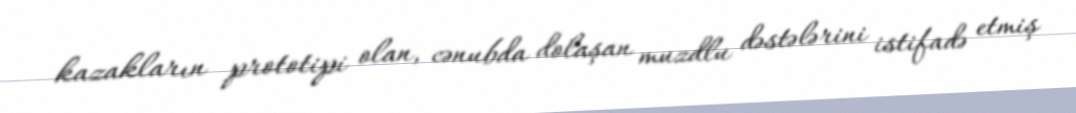
kazakların prototipi olan, cənubda dolaşan muzdlu dəstələrini istifadə etmiş